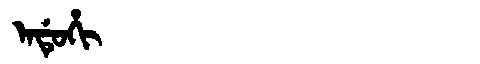
Manchu: ᠠᡩᡠᡥᡳ
Romanization: ADUHI